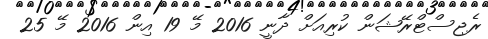
ރެޖިސްޓްރޭޝަން ކުރިއަށް ދާނީ 2016 މޭ 19 އިން 2016 މޭ 25